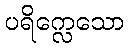
ပရိက္လေသော